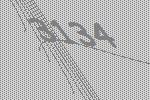
3134